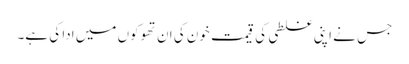
جس نے اپنی غلطی کی قیمت خون کی ان تھوکوں میں ادا کی ہے۔